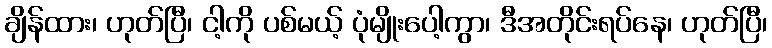
ချိန်ထား၊ ဟုတ်ပြီ၊ ငါ့ကို ပစ်မယ့် ပုံမျိုးပေါ့ကွာ၊ ဒီအတိုင်းရပ်နေ၊ ဟုတ်ပြီ၊